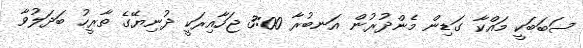
ސަބަބަކީ މައްކާ ގަޑިން މެންދުރުން އަނބުރާ 3:00 ޖަހާއިރަކީ ދުނިޔޭގެ ތާރީހު ބަދަލުވާ